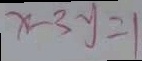
x - 3 y = 1